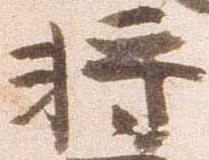
将